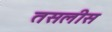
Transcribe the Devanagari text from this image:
तसलीस